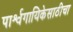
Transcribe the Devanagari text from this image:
पार्श्वगायिकेसाठीचा